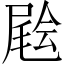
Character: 𡳃